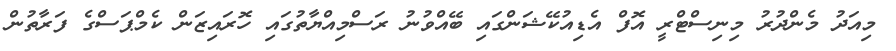
މިއަދު މެންދުރު މިނިސްޓްރީ އޮފް އެޑިއުކޭޝަންގައި ބޭއްވުނު ރަސްމިއްޔާތުގައި ހޮރައިޒަން ކެމްޕަސްގެ ފަރާތުން